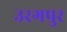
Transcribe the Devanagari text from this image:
उरगपुर